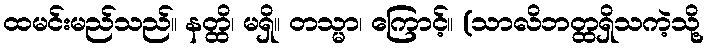
ထမင်းမည်သည်။ နတ္ထိ၊ မရှိ။ တသ္မာ၊ ကြောင့်။ (သာလိဘတ္ထရှိသကဲ့သို့